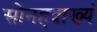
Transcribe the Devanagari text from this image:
सोनहदाख्यं